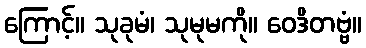
ကြောင့်။ သုခုမံ၊ သုမုမကို။ ဝေဒိတဗ္ဗံ။